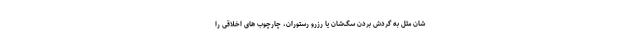
شان مثل به گردش بردن سگ‌شان یا رزرو رستوران، چارچوب های اخلاقی را